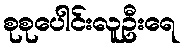
စုစုပေါင်းလူဦးရေ